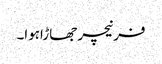
فرنیچر جھاڑاہوا۔